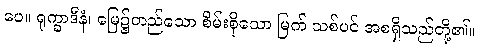
ပေ။ ရုက္ခာဒီနံ၊ မြေ၌တည်သော စိမ်းစိုသော မြက် သစ်ပင် အစရှိသည်တို့၏။